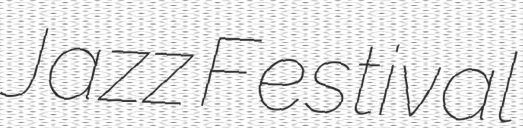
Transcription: Jazz Festival